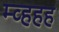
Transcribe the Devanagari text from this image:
म्व्हहह